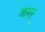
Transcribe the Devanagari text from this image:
कमर्